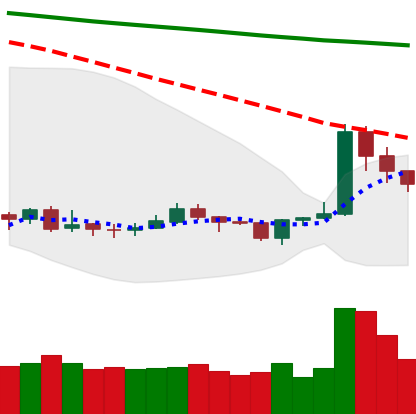
Ticker: XRP-USD
Chart end date: 2020-01-09
Forward return: 14.538%
Label: up_7plus